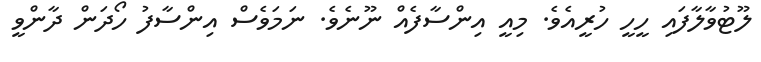
ލޫޓުވާލާފައި ހީހީ ހުރީއެވެ. މިއީ އިންސާފެއް ނޫނެވެ. ނަމަވެސް އިންސާފު ހޯދަން ދާންވީ